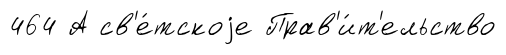
464 А св'е́тскоjе Прав'и́т'ельство